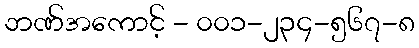
ဘဏ်အကောင့် - ၀၀၁-၂၃၄-၅၆၇-၈